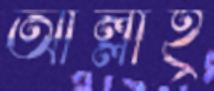
আল্লাহ্র